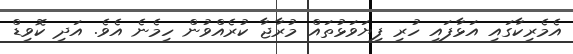
އެމެރިކާގައި އަޅާފައި ހުރި ފިޔަވަޅުތައް މުރާޖާ ކުރެއްވުން ހިމެނެ އެވެ. އަދި ކޮވިޑް